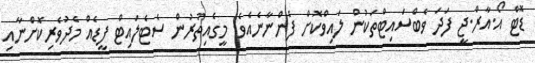
ޑޮޓް އޯ.އާރް.ޖީ ފަދަ ވެބްސައިޓްތަކުން ލައިވްކޮށް ފެންނާނެއެވެ. މީގެއިތުރުން ސެޓެލައިޓް ފީޑެއް މެދުވެރިކޮށްނާއި